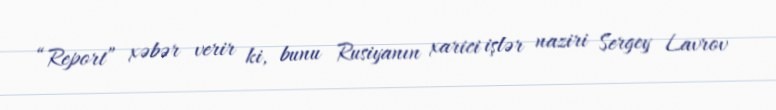
“Report” xəbər verir ki, bunu Rusiyanın xarici işlər naziri Sergey Lavrov